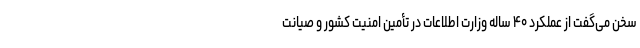
سخن می‌گفت از عملکرد ۴۰ ساله وزارت اطلاعات در تأمین امنیت کشور و صیانت